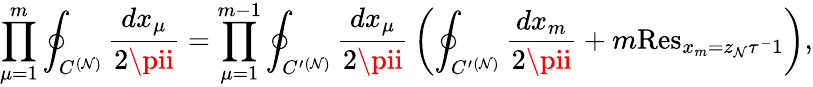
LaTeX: \displaystyle\prod_{\mu=1}^{m}\oint_{C^{(\mathcal{N})}}{\frac{{dx_{\mu}}}{{2\pii}}}=\displaystyle\prod_{\mu=1}^{m-1}\oint_{C^{\prime}{}^{(\mathcal{N})}}{\frac{{dx_{\mu}}}{{2\pii}}}\left(\oint_{C^{\prime}{}^{(\mathcal{N})}}{\frac{{dx_{m}}}{{2\pii}}}+m\mathrm{{Res}}_{x_{m}=z_{\mathcal{N}}\tau^{-}1}\right),